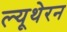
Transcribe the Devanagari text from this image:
ल्यूथेरन